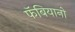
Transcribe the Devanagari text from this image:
फॅबियानो